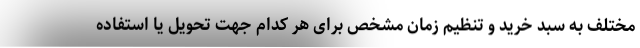
مختلف به سبد خرید و تنظیم زمان مشخص برای هر کدام جهت تحویل یا استفاده